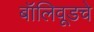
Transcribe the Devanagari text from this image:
बॉलिवूडचे